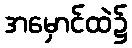
အမှောင်ထဲ၌